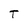
Character: T